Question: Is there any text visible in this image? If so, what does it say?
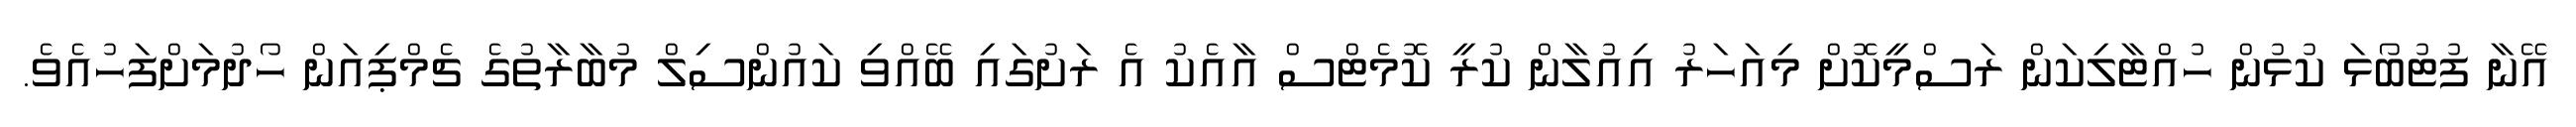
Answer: އޭނާ ފުޓުބޯޅަ ކުޅުން ހުއްޓާލިކަން ރަސްމީކޮށް މިއަހަރު އިއުލާން ކުރީ ކޮމެޓްސް އާއެކު އެ ރަށުގައި ބޭއްވި ކައުންސިލް މުބާރާތުގެ ޗެމްޕިއަން ހޯދުމަށްފަހުއެވެ.